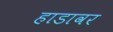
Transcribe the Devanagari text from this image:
हाडावर